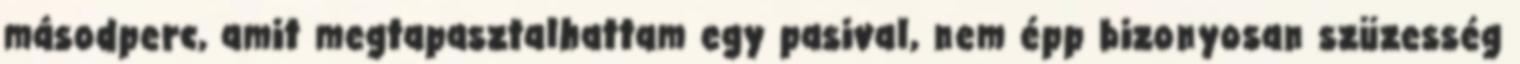
másodperc, amit megtapasztalhattam egy pasival, nem épp bizonyosan szüzesség